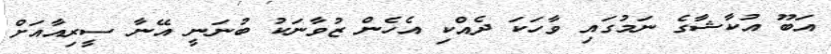
އަބޫ އުކާޝާގެ ނަމުގައި ވާހަކަ ދެއްކި އެހެން ޒުވާނަކު ބުނަނީ އޭނާ ސީރިއާއަށް